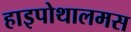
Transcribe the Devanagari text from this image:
हाइपोथालमस